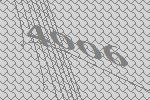
4006